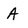
Character: A